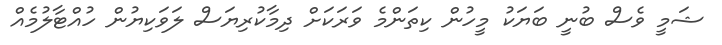
ޝަމީ ވެސް ބުނީ ބަޔަކު މީހުން ކިތަންމެ ވަރަކަށް ދިމާކުރިޔަސް ލަވަކިޔުން ހުއްޓާލުމެއް